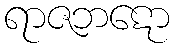
ရာဇဘဋော